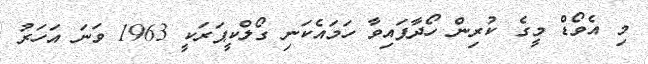
މި އެވޯޑް މީގެ ކުރިން ހޯދާފައިވާ ހަމައެކަނި ގޯލްކީޕަރަކީ 1963 ވަނަ އަހަރު